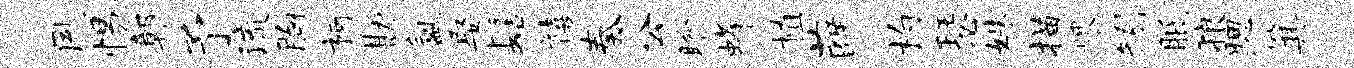
夙惕鄣予流胸柯勘氲娶髻禧奏公盼蜂植薛杓瑟姝描煨矧胝狼腮箕